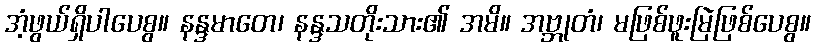
အံ့ဖွယ်ရှိပါပေစွ။ နန္ဒမာတေ၊ နန္ဒသတိုးသား၏ အမိ။ အဗ္ဘုတံ၊ မဖြစ်ဖူးမြဲဖြစ်ပေစွ။